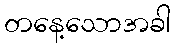
တနေ့သောအခါ